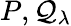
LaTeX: P,\mathcal{Q}_{\lambda}